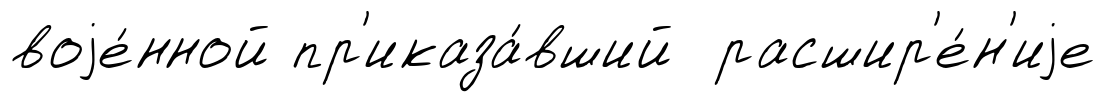
воjе́нной пр'иказа́вший расшир'е́н'иjе